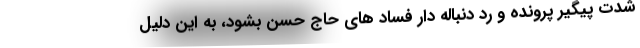
شدت پیگیر پرونده و رد دنباله دار فساد های حاج حسن بشود، به این دلیل